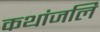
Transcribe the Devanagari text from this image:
कथांजलि